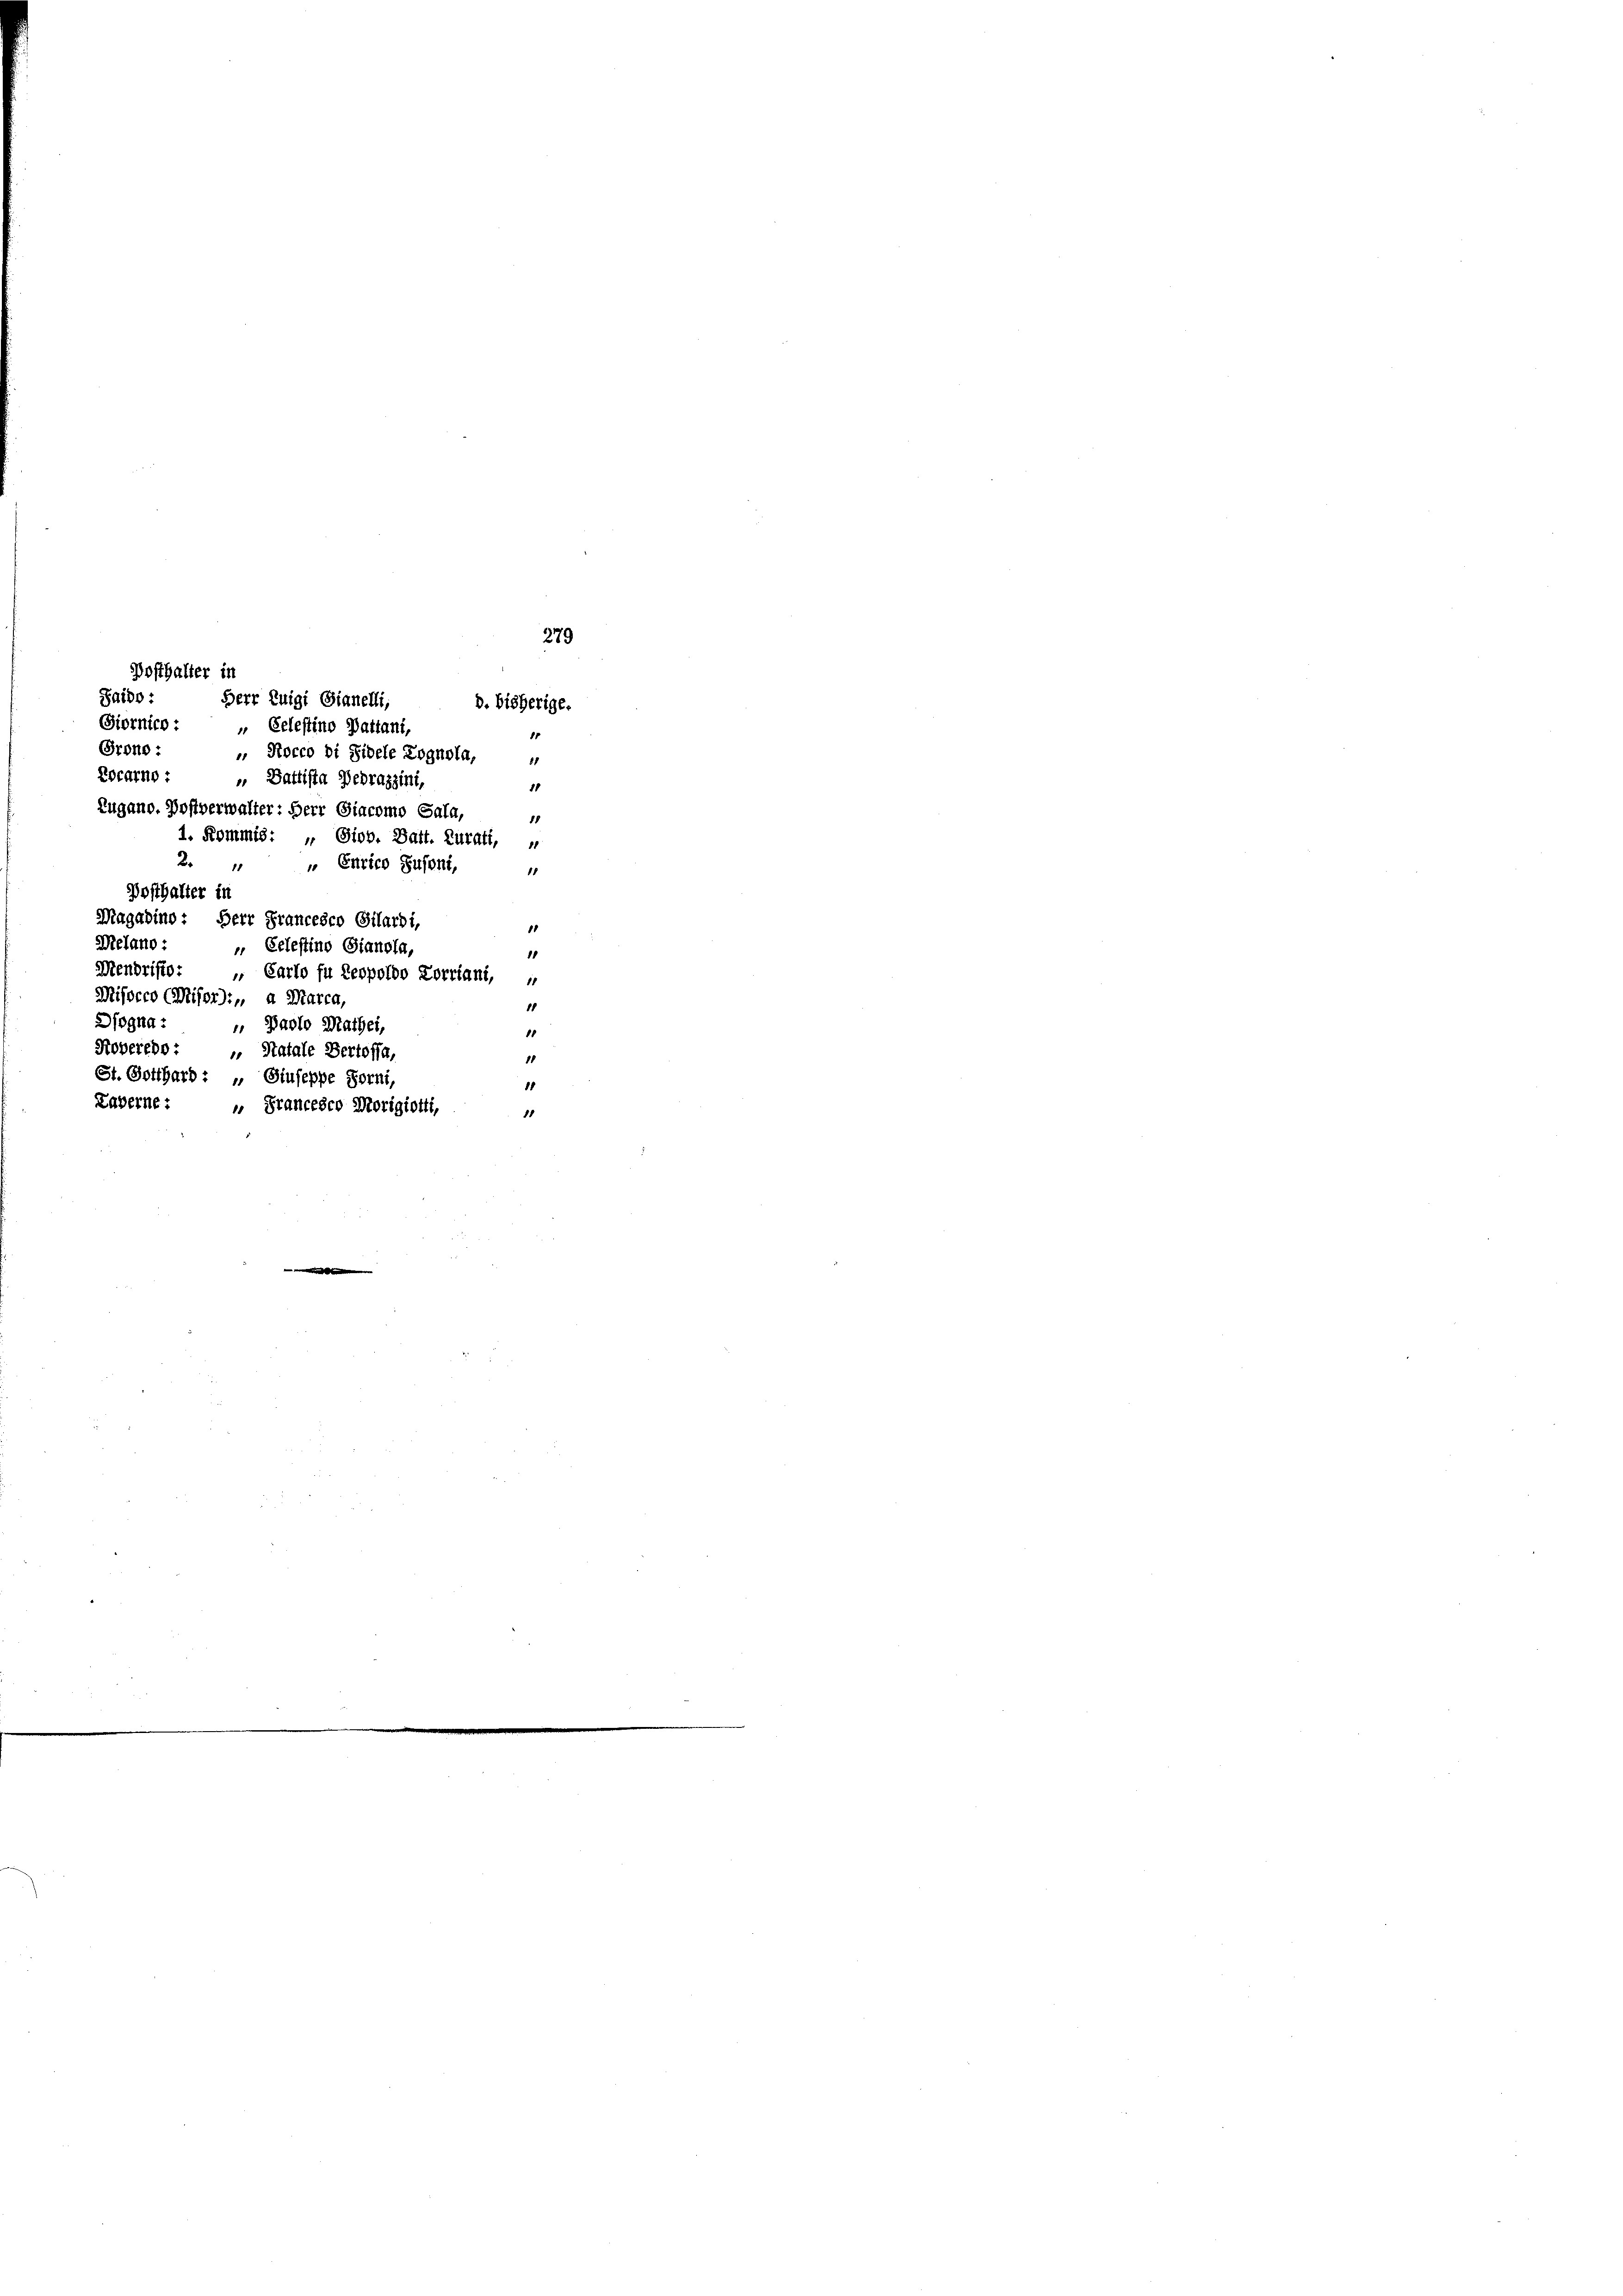
Saido:
Grono:
 Nocco di Fidele Zognola,
eocarno : „ Battista Debrazzini,
Zugano. Postverwalter: Herr Giacomo Sala,
1. Kommis: „ Siob. Batt. Zurati,
„ Enrico Susoni,
Magadino: Herr Francesco Gilardi,
Melano
„ Celestino Gianola,
Mendristo: „ Carlo fu Leopoldo Korriant, "
Missero CMiser):, a Marca,
Dogna :
 Paolo Mathei,
Noberedo : „ Statale Bertoffe,
St. Gotthard : „ Siuseppe Forni
Laverne:
" Francesco Morigiotti,

79
Posthalter in
Herr Quigi Gianelli,
8. bisherige.
Giornico : „Celestino Pattani,
1

1
1
18
1
15
11
18
11

2
Posthalter in

11
18